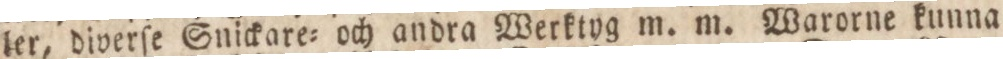
ler, diverſe Snickare=och andra Werktyg m. m. Warorne kunna